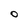
Character: O